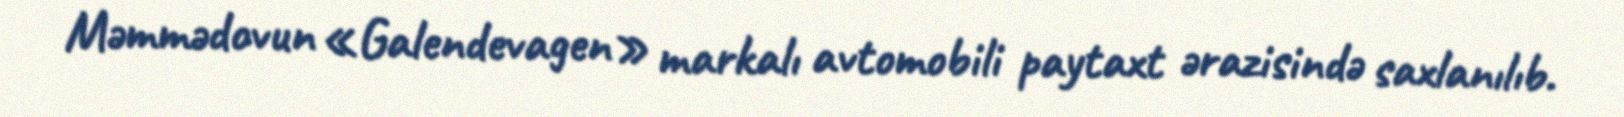
Məmmədovun «Galendevagen» markalı avtomobili paytaxt ərazisində saxlanılıb.